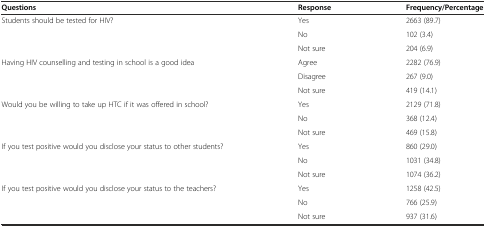
| Questions | Response | Frequency/Percentage |
 | --- | --- | --- |
 | Students should be tested for HIV? | Yes | 2663 (89.7) |
 |  | No | 102 (3.4) |
 |  | Not sure | 204 (6.9) |
 | <ROWSPAN=3> Having HIV counselling and testing in school is a good idea | Agree | 2282 (76.9) |
 | Disagree | 267 (9.0) |
 | Not sure | 419 (14.1) |
 | <ROWSPAN=3> Would you be willing to take up HTC if it was offered in school? | Yes | 2129 (71.8) |
 | No | 368 (12.4) |
 | Not sure | 469 (15.8) |
 | <ROWSPAN=3> If you test positive would you disclose your status to other students? | Yes | 860 (29.0) |
 | No | 1031 (34.8) |
 | Not sure | 1074 (36.2) |
 | <ROWSPAN=3> If you test positive would you disclose your status to the teachers? | Yes | 1258 (42.5) |
 | No | 766 (25.9) |
 | Not sure | 937 (31.6) |